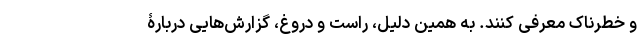
و خطرناک معرفی کنند. به همین دلیل، راست و دروغ، گزارش‌هایی دربارۀ